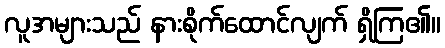
လူအများသည် နားစိုက်ထောင်လျက် ရှိကြ၏။